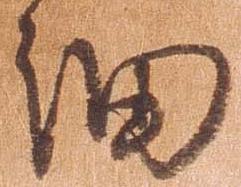
細